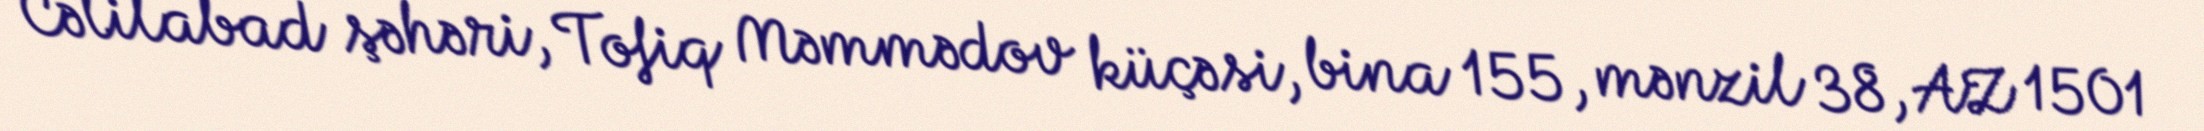
Cəlilabad şəhəri, Tofiq Məmmədov küçəsi, bina 155, mənzil 38, AZ 1501